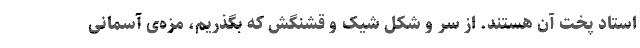
استاد پخت آن هستند. از سر و شکل شیک و قشنگش که بگذریم، مزه‌ی آسمانی